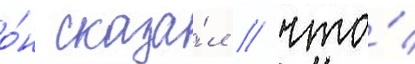
о́н сказа́л / что́